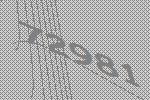
72981